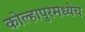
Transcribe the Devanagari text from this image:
कोल्हापुरमध्येच